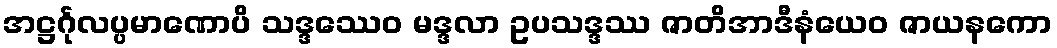
အဋ္ဌင်္ဂုလပ္ပမာဏောပိ သဒ္ဒဿေဝ မဒ္ဒလာ ဥပသဒ္ဒဿ ဇာတိအာဒီနံယေဝ ဇာယနကော